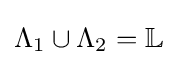
\Lambda _{1}\cup \Lambda _{2}=\mathbb {L}